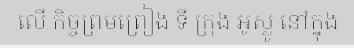
លើ កិច្ចព្រមព្រៀង ទី ក្រុង អូស្លូ នៅក្នុង